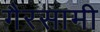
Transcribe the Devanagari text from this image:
गैरसामी